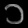
Digit: ၁